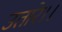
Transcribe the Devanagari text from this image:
उतारे।।